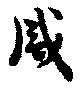
咸